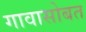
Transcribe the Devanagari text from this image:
गावासोबत